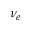
\nu _ { e }